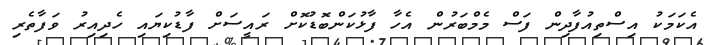
އެކަމަކު އިސްތިއުފާދިން ފަސް މެމްބަރުން އެހާ ފާޅުކަންބޮޑުކޮށް ރައީސަށް ފާޑުކިޔައި ހެދިއިރު ވަފާތެރި